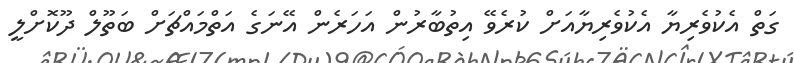
ގަތް އެކުވެރިޔާ އެކުވެރިޔާއަށް ކުރެވޭ އިތުބާރުން އަހަރެން އޭނަގެ އަތްމައްޗަށް ބަތޫލް ދޫކޮށްލީ